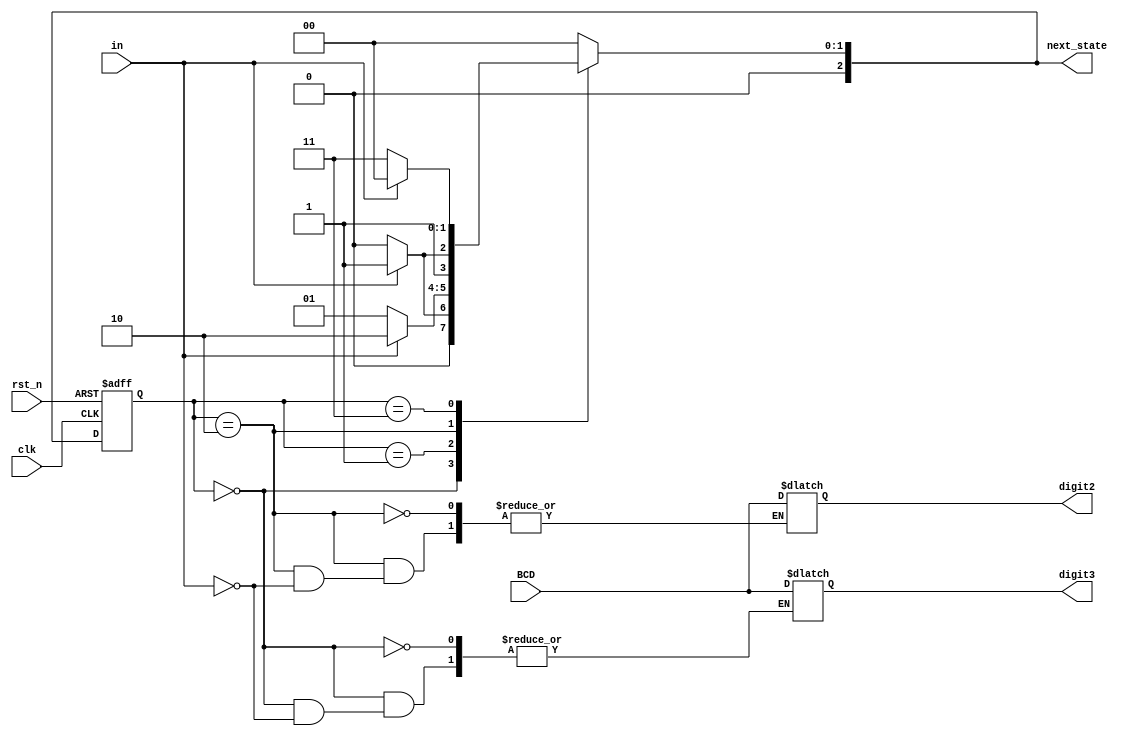
`timescale 1ns / 1ps

module FSM(
  output reg [2:0]next_state,  
  output reg [3:0]digit3,
  output reg [3:0]digit2,
  input [3:0] BCD,
  input in,
  input clk, 
  input rst_n  
);

reg [2:0]state; 

always @*
  case (state)
    3'b000:
      if (in)
      begin
        next_state = 3'b001;   
        digit3 = BCD;
      end
      else
      begin
        next_state = 3'b000;
      end
    3'b001:
      if (in)
      begin
        next_state = 3'b010;       
      end
      else
      begin
        next_state = 3'b001;
      end
      3'b010:
      if (in)
      begin
         next_state = 3'b011;
         digit2 = BCD;
      end
      else
      begin
        next_state = 3'b010;
      end
      3'b011:
      if (in)
      begin
         next_state = 3'b000;
      end
      else
      begin
          next_state = 3'b011;
      end 
            
    default:
      begin
        next_state = 3'b000;	 
    end
  endcase

always @(posedge clk or negedge rst_n)
begin
  if (~rst_n)
    state <= 3'b000;
  else
    state <= next_state;
end

endmodule